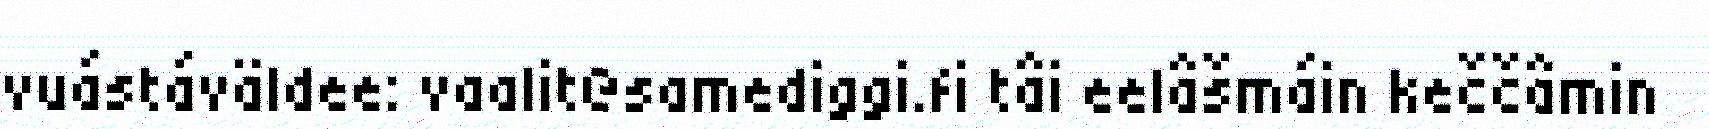
vuástáväldee: vaalit@samediggi.fi tâi eelâšmáin keččâmin